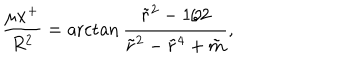
{ \frac { \mu x ^ { + } } { R ^ { 2 } } } = \operatorname { a r c t a n } { \frac { \tilde { r } ^ { 2 } - 1 / 2 } { \tilde { r } ^ { 2 } - \tilde { r } ^ { 4 } + \tilde { m } } } ,